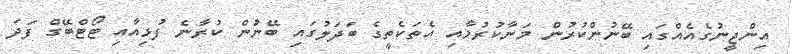
އިންޖީނުގެއެއްގައި ބޭނުންކުރުން މަނާކުރުމާއި އެތަކެތީގެ ބަދަލުގައި ބޭނުން ކުރާނެ ފުޅިއާއި ޓޯޓްބޭގް ފަދަ